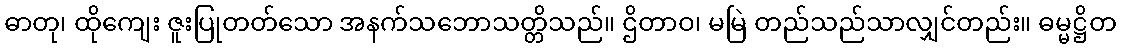
ဓာတု၊ ထိုကျေး ဇူးပြုတတ်သော အနက်သဘောသတ္တိသည်။ ဌိတာဝ၊ မမြဲ တည်သည်သာလျှင်တည်း။ ဓမ္မဋ္ဌိတ